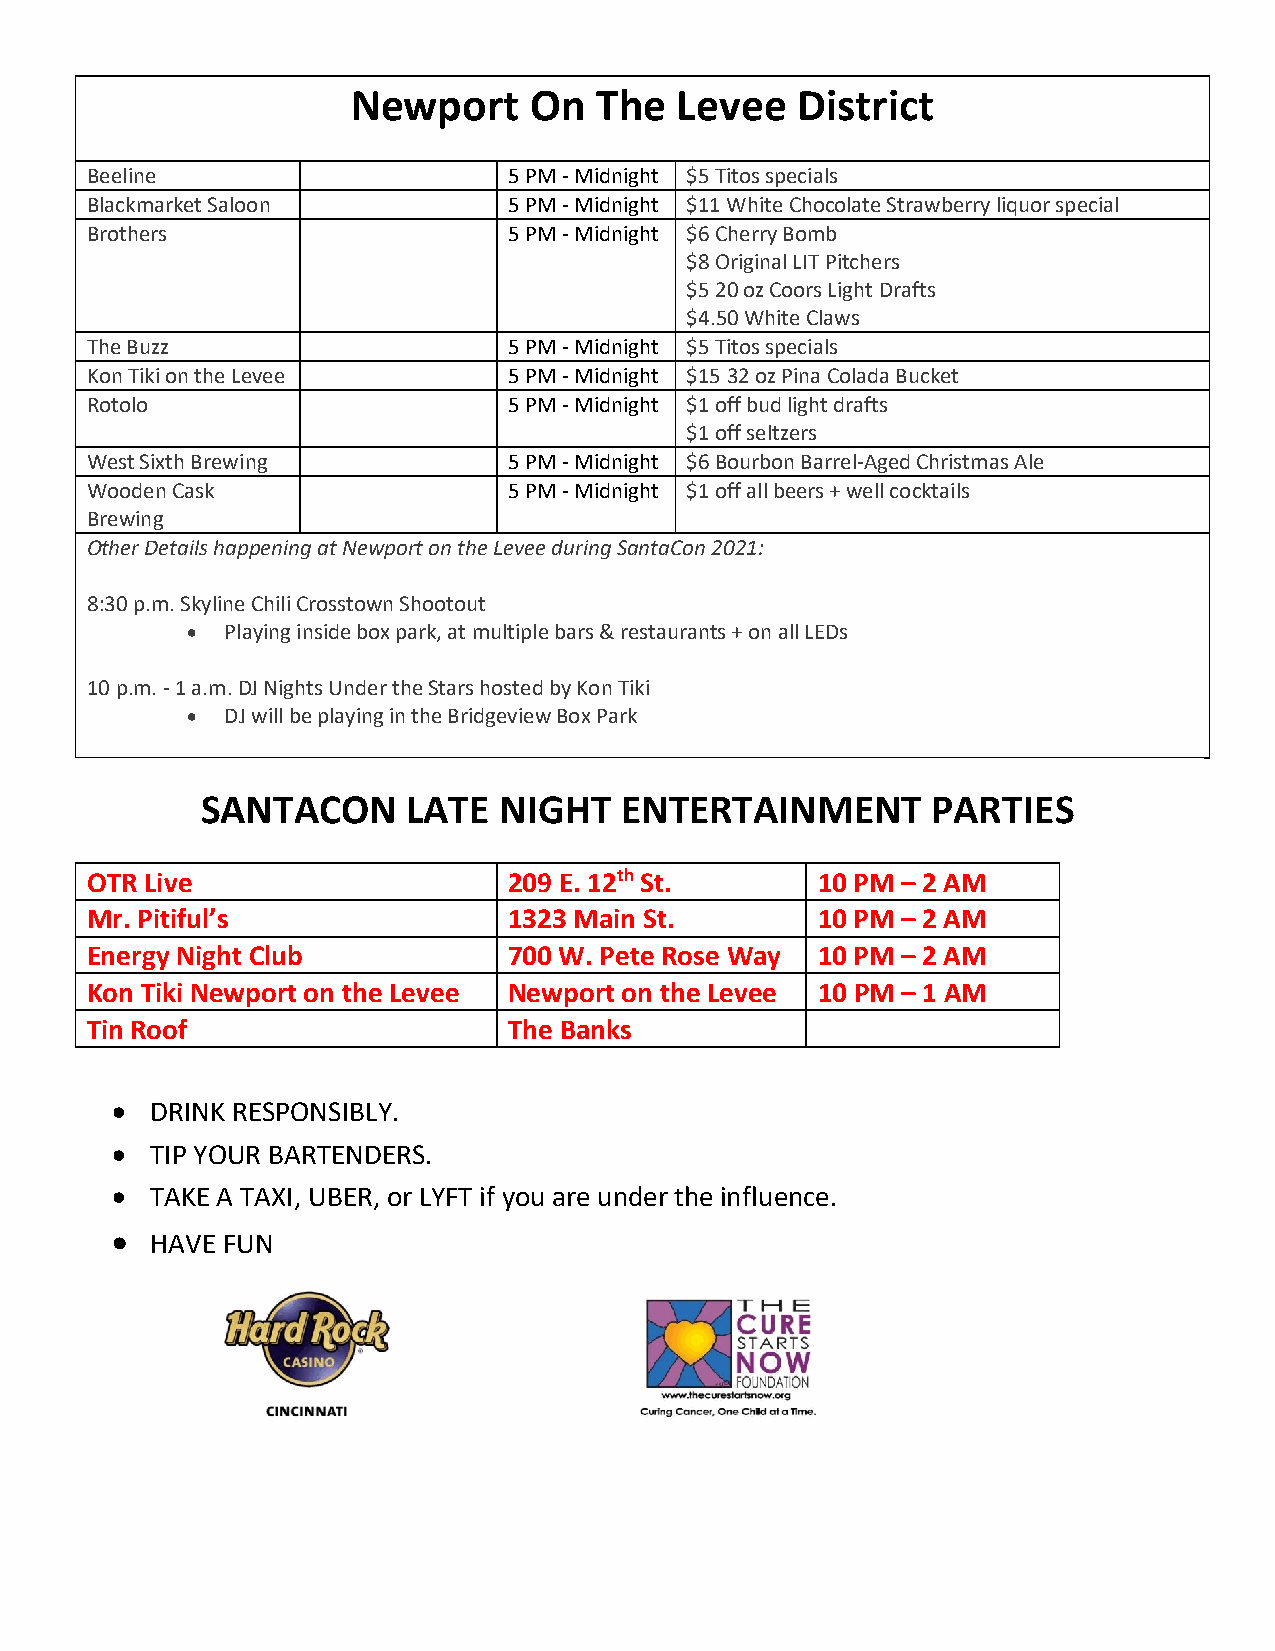
Newport     On  The   Levee   District
 Beeline                     5 PM - Midnight $5 Titos specials
 Blackmarket Saloon          5 PM - Midnight $11 White Chocolate Strawberry liquor special
 Brothers                    5 PM - Midnight $6 Cherry Bomb
 $8 Original LIT Pitchers
 $5 20 oz Coors Light Drafts
 $4.50 White Claws
 The Buzz                    5 PM - Midnight $5 Titos specials
 Kon Tiki on the Levee       5 PM - Midnight $15 32 oz Pina Colada Bucket
 Rotolo                      5 PM - Midnight $1 off bud light drafts
 $1 off seltzers
 West Sixth Brewing          5 PM - Midnight $6 Bourbon Barrel-Aged Christmas Ale
 Wooden Cask                 5 PM - Midnight $1 off all beers + well cocktails
 Brewing
 Other Details happening at Newport on the Levee during SantaCon 2021:
 8:30 p.m. Skyline Chili Crosstown Shootout
 •  Playing inside box park, at multiple bars & restaurants + on all LEDs
 10 p.m. - 1 a.m. DJ Nights Under the Stars hosted by Kon Tiki
 •  DJ will be playing in the Bridgeview Box Park
 SANTACON      LATE  NIGHT   ENTERTAINMENT        PARTIES
 OTR Live                    209 E. 12th St.     10 PM – 2 AM
 Mr. Pitiful’s               1323 Main St.       10 PM – 2 AM
 Energy Night Club           700 W. Pete Rose Way 10 PM – 2 AM
 Kon Tiki Newport on the Levee Newport on the Levee 10 PM – 1 AM
 Tin Roof                    The Banks
 •  DRINK RESPONSIBLY.
 •  TIP YOUR BARTENDERS.
 •  TAKE A TAXI, UBER, or LYFT if you are under the influence.
 •  HAVE FUN